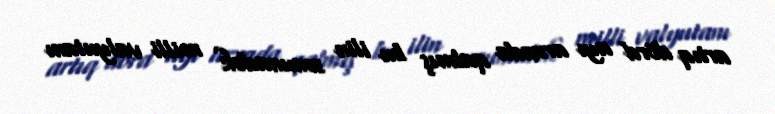
artıq dörd ayı arxada qalmış bu ilin sonunadək milli valyutanı